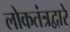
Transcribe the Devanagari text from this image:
लोकतंत्रद्वारे